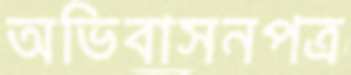
অভিবাসনপত্র